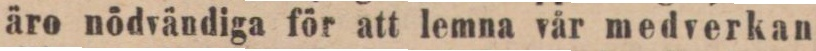
äro nödvändiga för att lemna vår medverkan